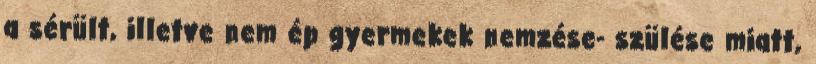
a sérült, illetve nem ép gyermekek nemzése- szülése miatt,